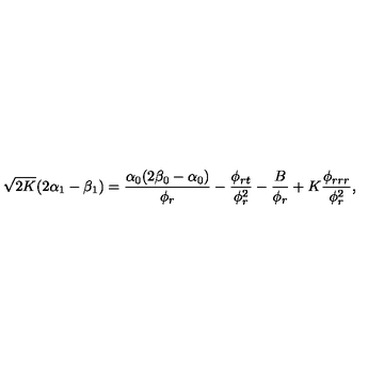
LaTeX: \sqrt { 2 K } ( 2 \alpha _ { 1 } - \beta _ { 1 } ) = \frac { \alpha _ { 0 } ( 2 \beta _ { 0 } - \alpha _ { 0 } ) } { \phi _ { r } } - \frac { \phi _ { r t } } { \phi _ { r } ^ { 2 } } - \frac { B } { \phi _ { r } } + K \frac { \phi _ { r r r } } { \phi _ { r } ^ { 2 } } ,